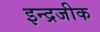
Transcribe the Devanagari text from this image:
इन्द्रजीक